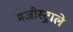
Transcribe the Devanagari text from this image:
मजीस्ट्राले